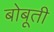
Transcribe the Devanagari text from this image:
बोबूती